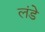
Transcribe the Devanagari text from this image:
लंडे